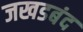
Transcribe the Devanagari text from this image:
जखडबंद